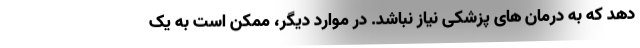
دهد که به درمان های پزشکی نیاز نباشد. در موارد دیگر، ممکن است به یک